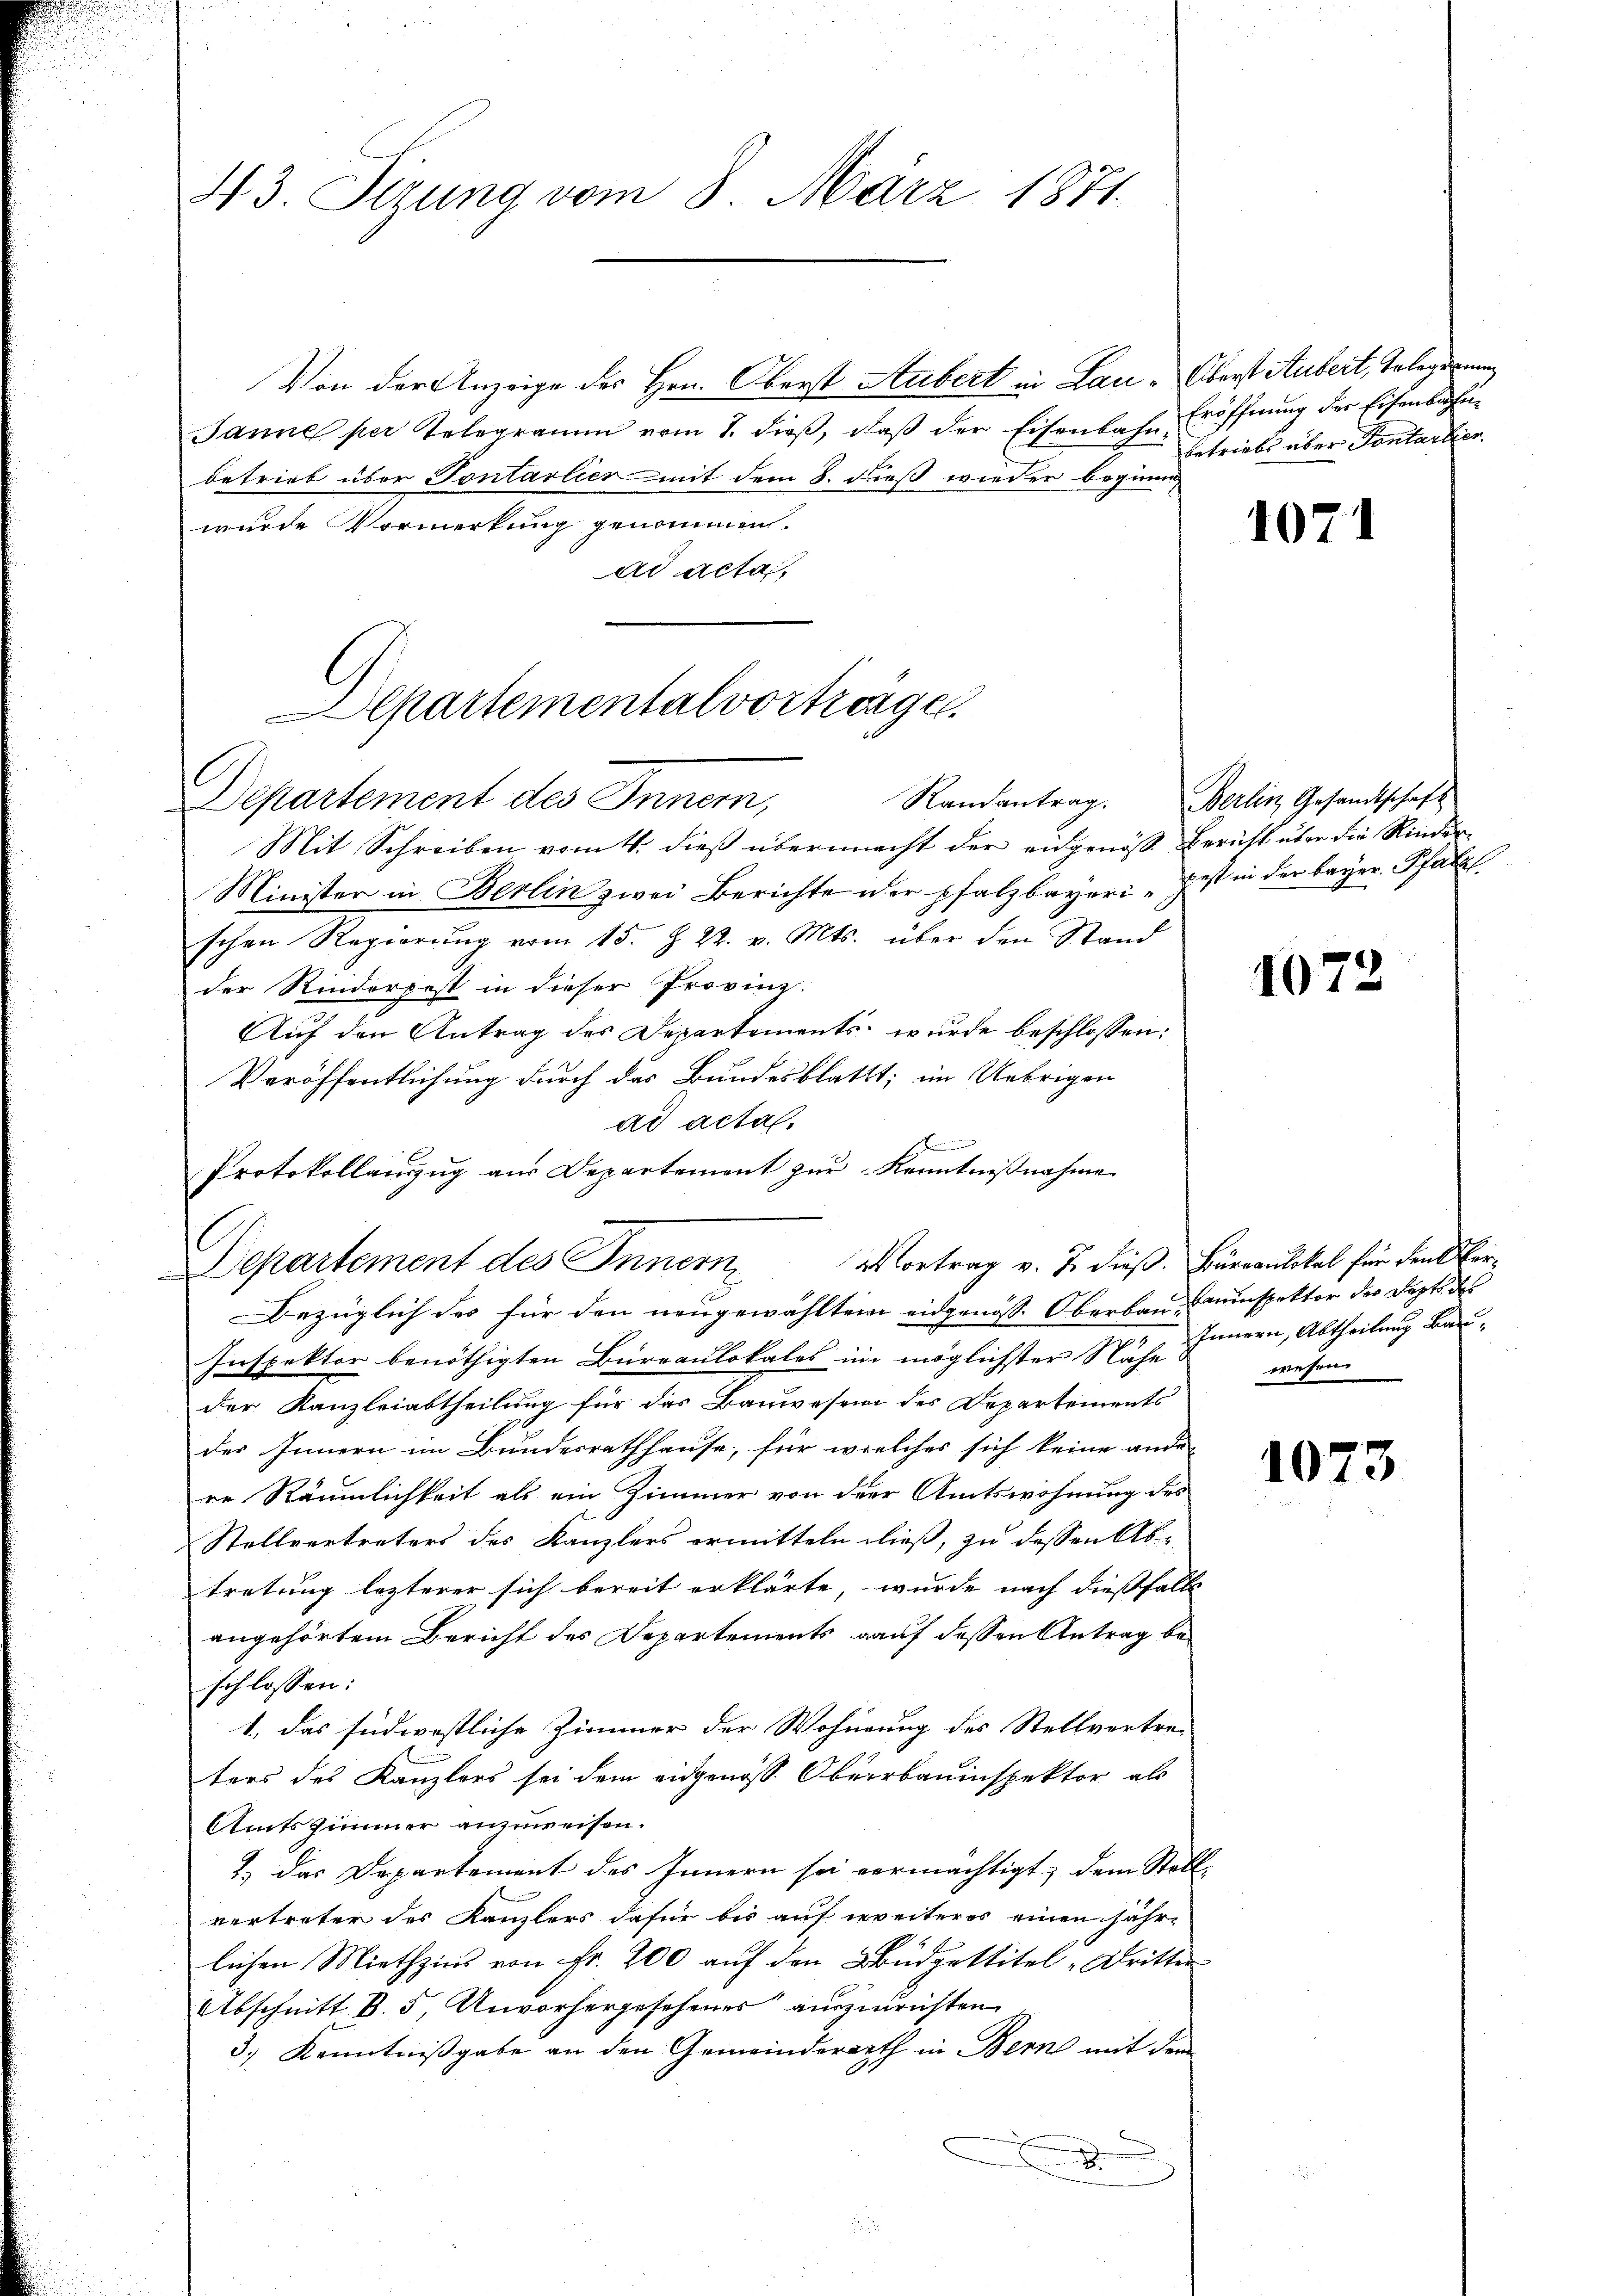
43. Sizung vom 8. März 1871.

Von der Anzeige des Hrn. Oberst Aubert in Lau-Oberst Aubert, Telegierung
Janne per Telegramm vom 1. dieβ, daβ der Eisenbahn Eröffnung der Eisenbahnbetrieb über Tontarlier mit dem 8. dieß wieder beginne
wurde Vormerkung genommen.
ad acta
Mit Schreiben vom 4. dieß übermacht der eidgenöß Bericht über die Kinder
Minister in Berlin zwei Berichte der pfalzbayeri est in der bayer Pfalz
schen Regierŭng vom 15. J. R. v. Mts. über den Stand
der Rinderpost in dieser Provinz.
Auf den Antrag des Departements wurde beschlossen:
Veröffentlichung durch das Bundesblattt; im Uebrigen
ad acta.
Vortrag v. J. dieß. Büreaulokal für den Ver¬
Bezüglich des für den neugewähltem eidgenöss. Oberbauinspektor der Depts des
Inspektor benöthigten Bureaulokales in möglichster Nähe Innern, Abtheilung Bauder Kanzleiabtheilung für das Bauwesen des Departements
des Innern im Bundesrathhause, für welches sich keine ande-
re Räumlichkeit als ein Zimmer von der Amtswohnung des
Stellvertreters des Kanzlers ermitteln dieß, zu dessen Abtretung lezterer sich bereit erklärte, wurde nach dießfalls
angehörtem Bericht des Departements auf dessen Antrag beschlossen:
1. das südwestliche Zimmer der Wohnung des Stellvertre-
ters des Kanzlers sei dem eidgenöss. Oberrbauinspektor als
Amts Zimmer anzuweisen.
2) das Departement des Innern sei vermächtigt, dem Stell
vertreter des Kanzlers dafür bis auf weiteres einen jähr-
lichen Miethzins von Fr. 200 auf den Budgettitel „Dritter
Abschnitt. B. 5, Unvorhergesehenes auszurichten.
3.) Kenntnißgabe an den Gemeinderarth in Bern mit dem
.

Alpartementalvorträge.
Departement des Innern,

Protokollanzzug aus Departement zur Kenntnißnahme
Departement des Innern,

betriebs über Fontartier.

107

Randantrag. Berlin Gesandtschaft

107

wesen

102

3